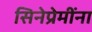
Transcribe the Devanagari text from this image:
सिनेप्रेमींना